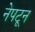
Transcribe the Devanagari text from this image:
नेपटून